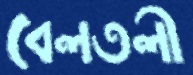
বেলতলী